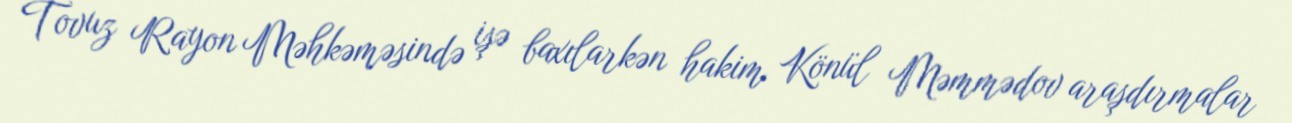
Tovuz Rayon Məhkəməsində işə baxılarkən hakim Könül Məmmədov araşdırmalar